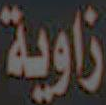
زاوية